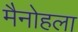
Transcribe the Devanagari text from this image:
मैनोहला